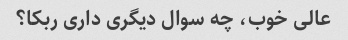
عالی خوب، چه سوال دیگری داری ربکا؟